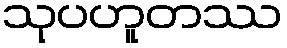
သုပဟူတဿ